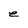
Character: e